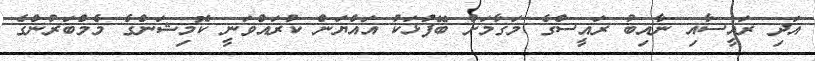
އަދި ރައީސާއި ނާއިބު ރައީސްގެ މަގާމަށް ބޭފުޅަކު އައްޔަން ކުރައްވަނީ ކޮމިޝަންގެ މެމްބަރުންގެ